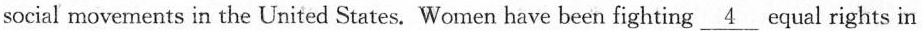
social movements in the United States. Women have been fighting \underline{4} equal rights in